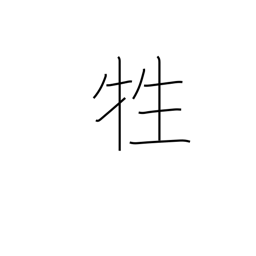
Meaning: animal sacrifice